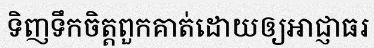
ទិញទឹកចិត្តពួកគាត់ដោយឲ្យអាជ្ញាធរ